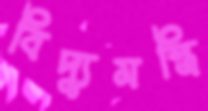
বিদ্যুমস্ত্রি